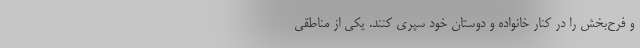
و فرح‌بخش را در کنار خانواده و دوستان خود سپری کنند. یکی از مناطقی